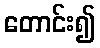
တောင်း၍